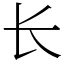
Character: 长